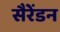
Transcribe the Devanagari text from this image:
सैरेंडन